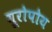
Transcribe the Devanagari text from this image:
यूरोपोय